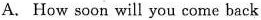
A. How soon will you come back